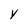
Character: y